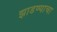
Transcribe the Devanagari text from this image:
झाडण्याचा